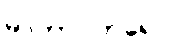
မာတာပိတရော